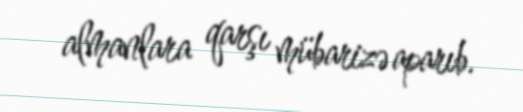
almanlara qarşı mübarizə aparıb.